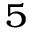
^ 5